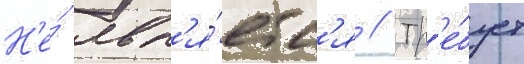
Н'е́ явл'я́етс'я // Тр'е́бует